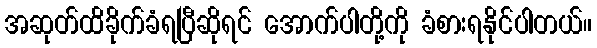
အဆုတ်ထိခိုက်ခံရပြီဆိုရင် အောက်ပါတို့ကို ခံစားရနိုင်ပါတယ်။